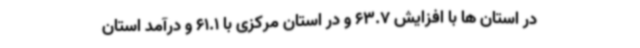
در استان ها با افزایش 63.7 و در استان مرکزی با 61.1 و درآمد استان